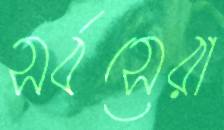
সর্বসেরা